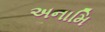
અનામિ